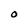
Character: O